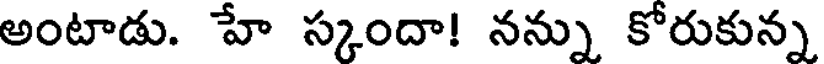
అంటాడు. హే స్కందా! నన్ను కోరుకున్న